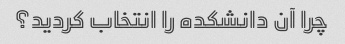
چرا آن دانشکده را انتخاب کردید؟